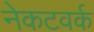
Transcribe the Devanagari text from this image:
नेकटवर्क